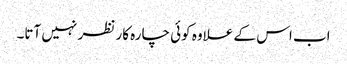
اب اس کے علاوہ کوئی چارہ کار نظر نہیں آتا۔